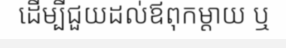
ដើម្បីជួយដល់ឪពុកម្តាយ ឬ